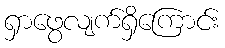
ရှာဖွေလျက်ရှိကြောင်း